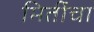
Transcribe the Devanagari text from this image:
मितींचा